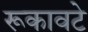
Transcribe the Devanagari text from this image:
रूकावटे